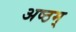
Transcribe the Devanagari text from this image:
अष्ठम्‌